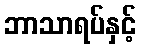
ဘာသာရပ်နှင့်